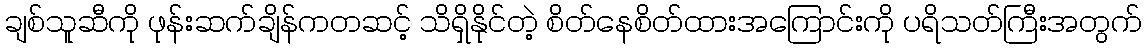
ချစ်သူဆီကို ဖုန်းဆက်ချိန်ကတဆင့် သိရှိနိုင်တဲ့ စိတ်နေစိတ်ထားအကြောင်းကို ပရိသတ်ကြီးအတွက်